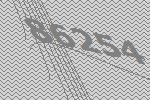
86254